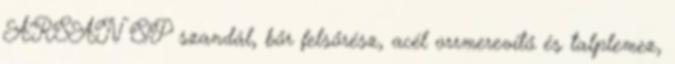
ARSAN S1P szandál, bőr felsőrész, acél orrmerevítő és talplemez,